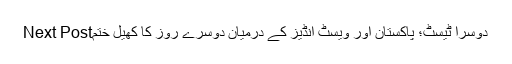
Next Postدوسرا ٹیسٹ؛ پاکستان اور ویسٹ انڈیز کے درمیان دوسرے روز کا کھیل ختم